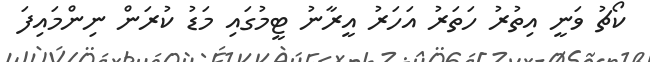
ކޯޗު ވަނީ އިތުރު ހަތަރު އަހަރު އީރާނު ޓީމުގައި މަޑު ކުރަން ނިންމައިފަ